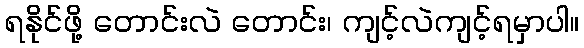
ရနိုင်ဖို့ တောင်းလဲ တောင်း၊ ကျင့်လဲကျင့်ရမှာပါ။